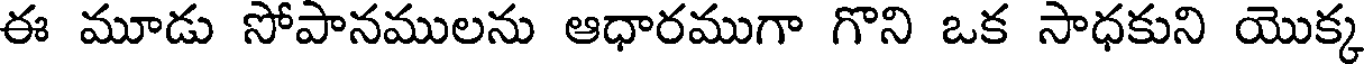
ఈ మూడు సోపానములను ఆధారముగా గొని ఒక సాధకుని యొక్క